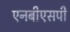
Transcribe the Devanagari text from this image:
एनबीएसपी